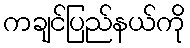
ကချင်ပြည်နယ်ကို